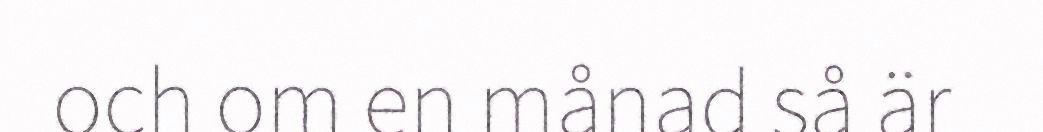
och om en månad så är